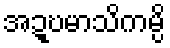
အဍ္ဎမာသိကမ္ပိ